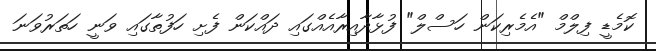
ކޮމެޑީ ފިލްމް "އެމެރިކަން ހަސްލް" ފުޅާދާއިރާއެއްގައި ދައްކަން ފެށި ހަފުތާގައި ވަނީ ހަތަރުވަނަ